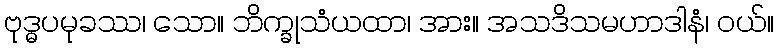
ဗုဒ္ဓပမုခဿ၊ သော။ ဘိက္ခုသံယထာ၊ အား။ အသဒိသမဟာဒါနံ၊ ဝယ်။